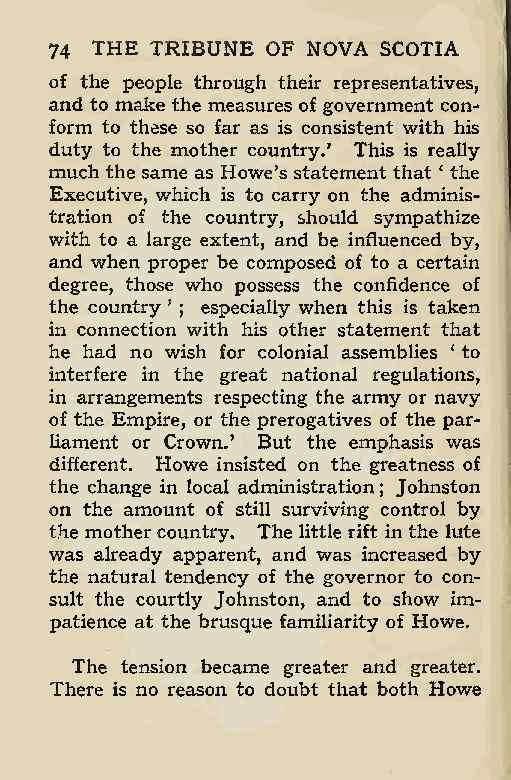
THE TRIBUNE OF NOVA SCOTIA
 74
 of the people through their representatives,
 and to make the measures of government con-
 form to these so far as is consistent with his
 duty to the mother country.’ This is really
 much the same as Howe’s statement that ‘ the
 Executive, which is to carry on the adminis-
 tration of the country, should sympathize
 with to a large extent, and be influenced by,
 and when proper be composed of to a certain
 degree, those who possess the confidence of
 the country ’ ; especially when this is taken
 in connection with his other statement that
 he had no wish for colonial assemblies ‘ to
 interfere in the great national regulations,
 in arrangements respecting the army or navy
 of the Empire, or the prerogatives of the par-
 liament or Crown.’ But the emphasis was
 different. Howe insisted on the greatness of
 the change in local administration; Johnston
 on the amount of still surviving control by
 the mothercountry. The little rift inthe lute
 was already apparent, and was increased by
 the natural tendency of the governor to con-
 sult the courtly Johnston, and to show im-
 patience at the brusque familiarity of Howe.
 The tension became greater and greater.
 There is no reason to doubt that both Howe